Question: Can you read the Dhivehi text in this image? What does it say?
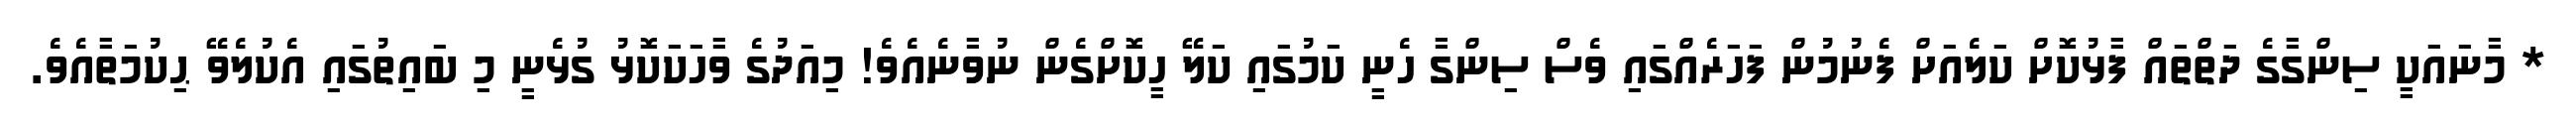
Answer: * މާނައަކީ ސިންގާގެ ދަތްތައް ފާޅުކޮށް ކަލެއަށް ފެނުމުން ފަހަރެއްގައި ވެސް ސިންގާ ހެނީ ކަމުގައި ކަލޭ ހީކޮށްގެން ނުވާނެއެވެ! މިއަދުގެ ވާހަކަކޮޅު ގުޅެނީ މި ބައިތުގައި އެކުލެވޭ ޙިކުމަތާއެވެ.